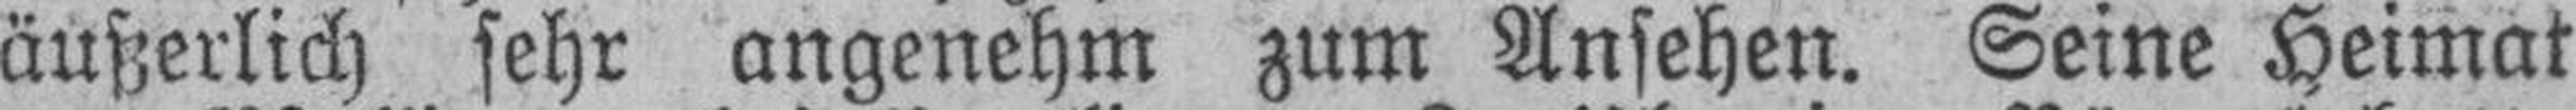
äußerlich sehr angenehm zum Ansehen. Seine Heimat